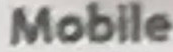
Mobile